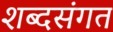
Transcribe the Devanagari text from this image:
शब्दसंगत